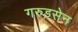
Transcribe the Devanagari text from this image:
गरुड़सेन